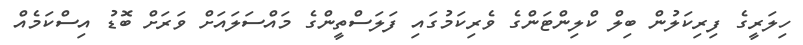
ހިލަރީގެ ފިރިކަލުން ބިލް ކްލިންޓަންގެ ވެރިކަމުގައި ފަލަސްތީންގެ މައްސަލައަށް ވަރަށް ބޮޑު އިސްކަމެއް